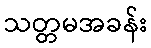
သတ္တမအခန်း